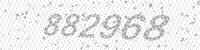
Solution: 882968